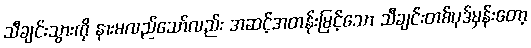
သီချင်းသွားကို နားမလည်သော်လည်း အဆင့်အတန်းမြင့်သော သီချင်းတစ်ပုဒ်မှန်းတော့